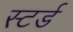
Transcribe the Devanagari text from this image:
स्टर्ड